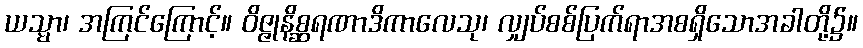
ယသ္မာ၊ အကြင်ကြောင့်။ ဝိဇ္ဇုနိစ္ဆရဏာဒိကာလေသု၊ လျှပ်စစ်ပြက်ရာအစရှိသောအခါတို့၌။